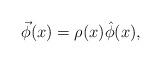
LaTeX: \begin{align*}\vec{\phi}(x)=\rho(x)\hat{\phi}(x),\end{align*}